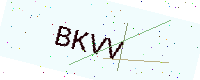
Text: BKVV